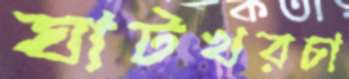
ঘাটখরচা